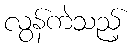
လွန်ကဲသည့်